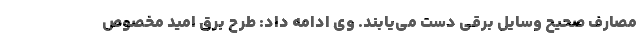
مصارف صحیح وسایل برقی دست می‌یابند. وی ادامه داد: طرح برق امید مخصوص